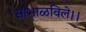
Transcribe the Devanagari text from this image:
सांभाळविले।।